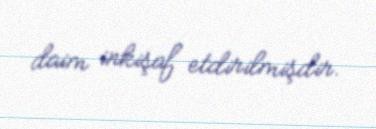
daim inkişaf etdirilmişdir.